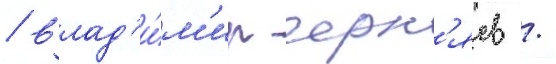
/ влад'и́м'ир черн'яев /